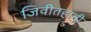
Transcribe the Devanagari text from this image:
जिवीतहानी